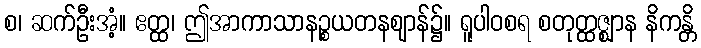
စ၊ ဆက်ဦးအံ့။ ဧတ္ထ၊ ဤအာကာသာနဉ္စယတနဈာန်၌။ ရူပါဝစရ စတုတ္ထဇ္ဈာန နိကန္တိ